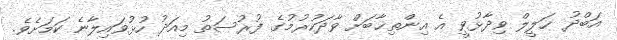
އަބްދު ޚަލީލް ވިދާޅުވީ އެ އިންތިޚާބަށް ވާދަކުރުމުގެ ފުރުސަތު މިއަދު ހުޅުވައިލާނެ ކަމަށެވެ.